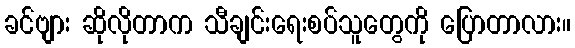
ခင်ဗျား ဆိုလိုတာက သီချင်းရေးစပ်သူတွေကို ပြောတာလား။